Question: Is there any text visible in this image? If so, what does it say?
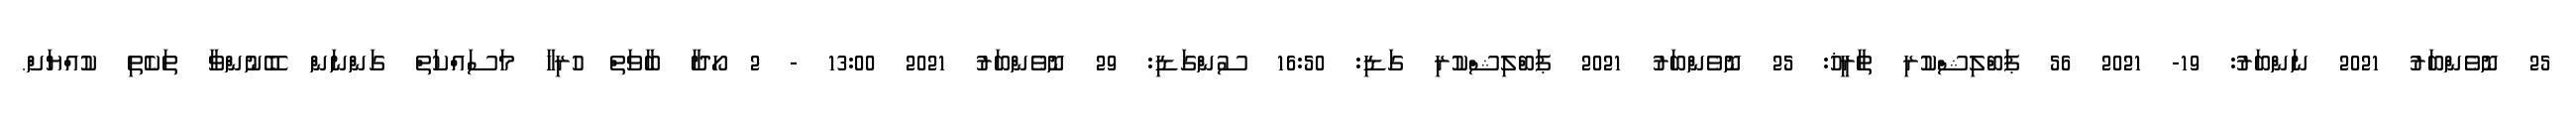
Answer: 25 ނޮވެންބަރު 2021 ނަންބަރު: 19- 2021 56 ޕަބްލިޝްކުރި ތާރީޚު: 25 ނޮވެންބަރު 2021 ޕަބްލިޝްކުރި ގަޑި: 16:50 ސުންގަޑި: 29 ނޮވެންބަރު 2021 13:00 - 2 ހޯދާ ބާވަތް ހުރިހާ މަސައްކަތް ގަންނަން ބޭނުންވާ ތަކެތި ކުއްޔަށް.